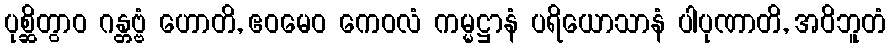
ပုစ္ဆိတွာဝ ဂန္တဗ္ဗံ ဟောတိ, ဧဝမေဝ ကေဝလံ ကမ္မဋ္ဌာနံ ပရိယောသာနံ ပါပုဏာတိ, အဝိဘူတံ